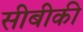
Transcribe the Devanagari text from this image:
सीबीकी